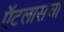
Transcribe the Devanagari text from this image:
ऍटलासचा